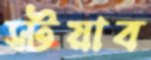
স্টয়াব